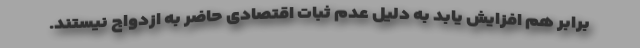
برابر هم افزایش یابد به دلیل عدم ثبات اقتصادی حاضر به ازدواج نیستند.